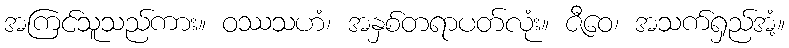
အကြင်သူသည်ကား။ ဝဿသဟံ၊ အနှစ်တရာပတ်လုံး။ ဇီဝေ၊ အသက်ရှည်အံ့။